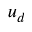
u _ { d }